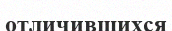
отличившихся